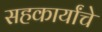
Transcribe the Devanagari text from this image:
सहकार्यांचे